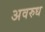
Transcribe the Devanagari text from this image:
अवरुध